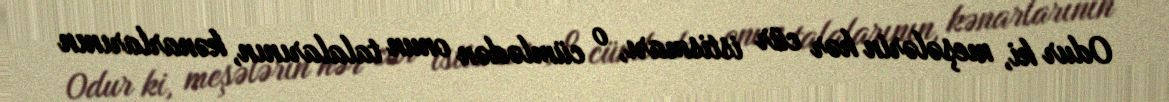
Odur ki, meşələrin hər cür istismarı, o cümlədən onun talalarının, kənarlarının